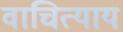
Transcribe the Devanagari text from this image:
वाचित्याय